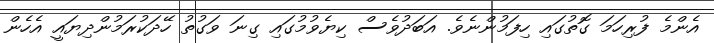
އެންމެ ފުރިހަމަ ގޮތުގައި ހިފަމުންނެވެ. އަބަދުވެސް ކިޔެވުމުގައި ގިނަ ވަގުތު ހޭދަކުރަމުންދިޔައީ އެހެން